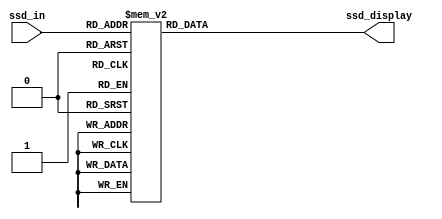
`timescale 1ns / 1ps
//////////////////////////////////////////////////////////////////////////////////
// Company: 
// Engineer: 
// 
// Design Name: 
// Module Name: BCD_display
// Project Name: 
// Target Devices: 
// Tool Versions: 
// Description: 
// 
// Dependencies: 
// 
// Revision:
// Revision 0.01 - File Created
// Additional Comments:
// 
//////////////////////////////////////////////////////////////////////////////////
`define SS_0 8'b00000011
`define SS_1 8'b10011111
`define SS_2 8'b00100101
`define SS_3 8'b00001101
`define SS_4 8'b10011001
`define SS_5 8'b01001001
`define SS_6 8'b01000001
`define SS_7 8'b00011111
`define SS_8 8'b00000001
`define SS_9 8'b00001001

module BCD_display(
    input [3:0] ssd_in,
    output reg [7:0] ssd_display
    );
    
    always @*
        case(ssd_in)
            4'd0: ssd_display = `SS_0;
            4'd1: ssd_display = `SS_1;
            4'd2: ssd_display = `SS_2;
            4'd3: ssd_display = `SS_3;
            4'd4: ssd_display = `SS_4;
            4'd5: ssd_display = `SS_5;
            4'd6: ssd_display = `SS_6;
            4'd7: ssd_display = `SS_7;
            4'd8: ssd_display = `SS_8;
            4'd9: ssd_display = `SS_9;
            default: ssd_display = 8'b1111_1111;
        endcase
    
endmodule